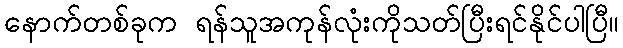
နောက်တစ်ခုက ရန်သူအကုန်လုံးကိုသတ်ပြီးရင်နိုင်ပါပြီ။